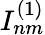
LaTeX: I_{nm}^{(1)}